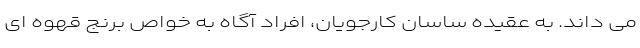
می داند. به عقیده ساسان کارجویان، افراد آگاه به خواص برنج قهوه ای